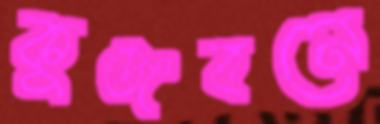
কুঞ্জবনে